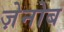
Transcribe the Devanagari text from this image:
ज़ेनोब